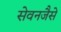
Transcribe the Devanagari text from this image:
सेवनजैसे